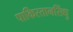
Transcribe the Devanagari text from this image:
पाकिस्तानसिंधु